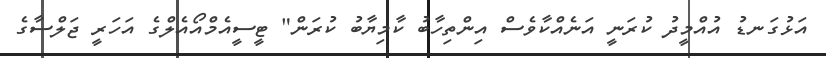
އަޅުގަނޑު އުއްމީދު ކުރަނީ އަނެއްކާވެސް އިންތިހާބު ކާމިޔާބު ކުރަން" ޓީސީއެމްއޯއެލްގެ އަހަރީ ޖަލްސާގެ